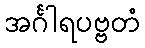
အင်္ဂါရပဗ္ဗတံ